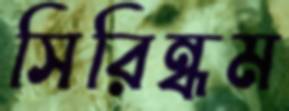
সিরিন্ধম